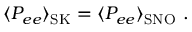
\langle P _ { e e } \rangle _ { \mathrm { S K } } = \langle P _ { e e } \rangle _ { \mathrm { S N O } } ~ .